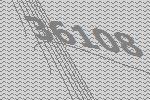
36108